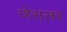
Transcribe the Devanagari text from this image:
जेंसलर